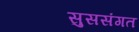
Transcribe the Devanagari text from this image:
सुससंगत